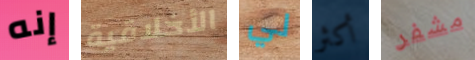
إنه الأخلاقية لي أكثر مشفر